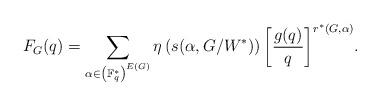
LaTeX: \begin{align*} F_G (q) = \sum_{\alpha \in \left(\mathbb F^*_q\right)^{E(G)}} {\eta\left(s(\alpha,G/W^*)\right) \left[ \frac{g(q)}q\right]^{r^*(G,\alpha)} }.\end{align*}